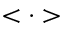
< \cdot >